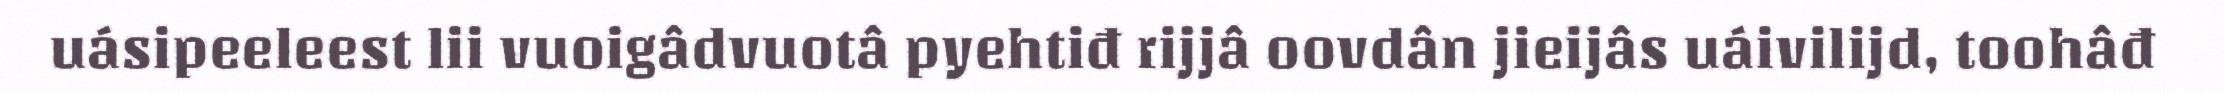
uásipeeleest lii vuoigâdvuotâ pyehtiđ rijjâ oovdân jieijâs uáivilijd, toohâđ